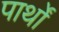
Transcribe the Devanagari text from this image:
पार्थों